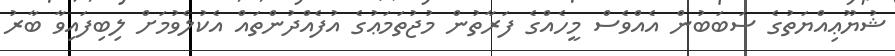
ޝުޔޫޢިއްޔަތުގެ ސަބަބުން އެއްވެސް މީހެއްގެ ފަރާތުން މުޖުތަމަޢުގެ އުފެއްދުންތައް އެކުލެވުމަށް ލިބިފައިވާ ބާރު